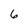
Character: 6